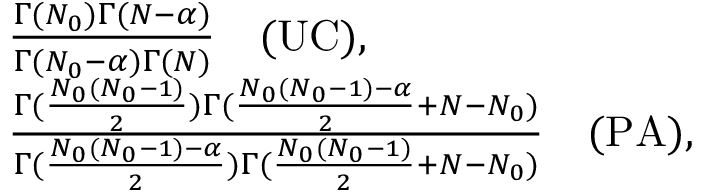
\begin{array} { r l } & { \frac { \Gamma ( N _ { 0 } ) \Gamma ( N - \alpha ) } { \Gamma ( N _ { 0 } - \alpha ) \Gamma ( N ) } \quad \mathrm { ( U C ) } , } \\ & { \frac { \Gamma ( \frac { N _ { 0 } ( N _ { 0 } - 1 ) } { 2 } ) \Gamma ( \frac { N _ { 0 } ( N _ { 0 } - 1 ) - \alpha } { 2 } + N - N _ { 0 } ) } { \Gamma ( \frac { N _ { 0 } ( N _ { 0 } - 1 ) - \alpha } { 2 } ) \Gamma ( \frac { N _ { 0 } ( N _ { 0 } - 1 ) } { 2 } + N - N _ { 0 } ) } \quad \mathrm { ( P A ) } , } \end{array}